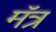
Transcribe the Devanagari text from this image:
मॅत्र